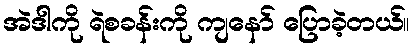
အဲဒါကို ရဲစခန်းကို ကျနော် ပြောခဲ့တယ်။